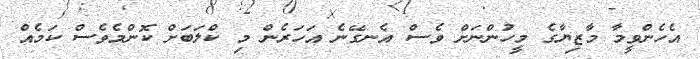
އެހެންވީމާ މާޒިޔާގެ މީހުންނަށް ވެސް އެނގޭނެ އަހަރެން މި ކްލަބަށް ކޮންމެވެސް ކަމެއް